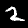
Label: 2